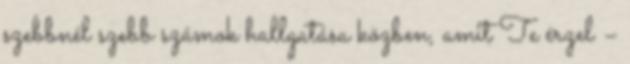
szebbnél szebb számok hallgatása közben, amit Te érzel –